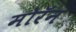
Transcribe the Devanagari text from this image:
मोरॅन